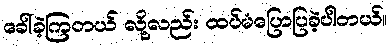
ခေါ်ခဲ့ကြတယ် လို့လည်း ထပ်မံပြောပြခဲ့ပါတယ်။